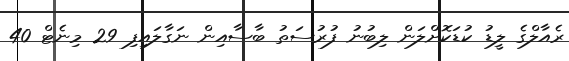
ރެއާލްގެ ލީޑު ކުޑަކޮށްލަން ލިބުނު ފުރުސަތު ބާސާއިން ނަގާލައިފި 29 މިނެޓް 40